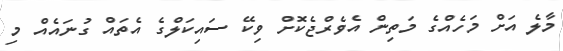
މާލެ އަށް މަހެއްގެ މަތިން އެވެރްޖެކޮށް ވިކޭ ސައިކަލްގެ އެތައް ގުނައެއް މި